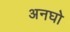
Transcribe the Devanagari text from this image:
अनघो